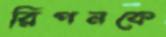
রিপনকে